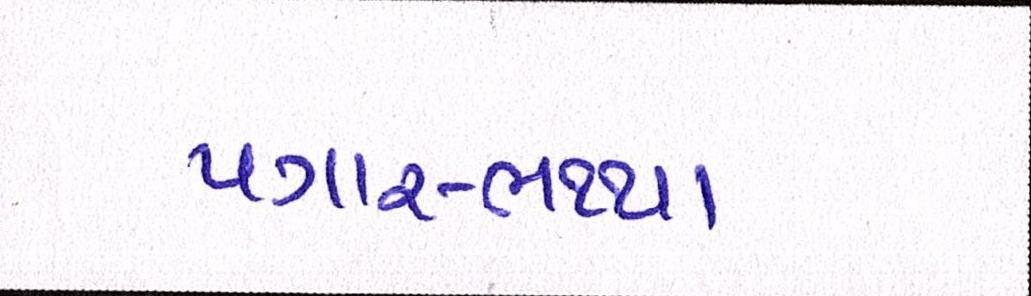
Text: પગાર-ભથ્થા